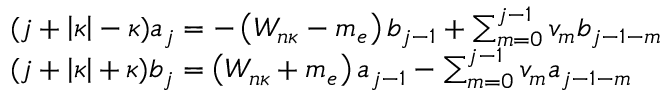
\begin{array} { r l } & { ( j + \left| \kappa \right| - \kappa ) a _ { j } = - \left( W _ { n \kappa } - m _ { e } \right) b _ { j - 1 } + \sum _ { m = 0 } ^ { j - 1 } v _ { m } b _ { j - 1 - m } } \\ & { ( j + \left| \kappa \right| + \kappa ) b _ { j } = \left( W _ { n \kappa } + m _ { e } \right) a _ { j - 1 } - \sum _ { m = 0 } ^ { j - 1 } v _ { m } a _ { j - 1 - m } } \end{array}